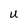
Character: U